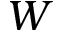
\boldsymbol { W }